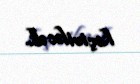
keçiriləcək.